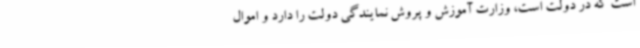
است که در دولت است، وزارت آموزش و پروش نمایندگی دولت را دارد و اموال